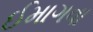
ઈમાગવા